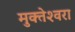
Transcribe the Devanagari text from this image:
मुक्‍तेश्‍वरा